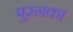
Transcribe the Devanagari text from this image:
पुरनका